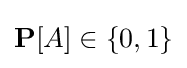
\mathbf {P} [A]\in \{0,1\}